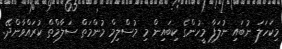
މިކަހަލަ ނުބައި ނުލަފާ މީހުންގެ ކިބައިން މި މުސްލިމް މުންމަތް ސަލާމްތް ކުރައްވާންދޭ.